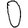
Digit: 0